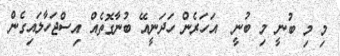
މި މި ބުނީ މި ބުނީ  އަހަރެން ހަދަނީއޭ ބުނާގޮތެއް އިސްޖަހާލައިގެން